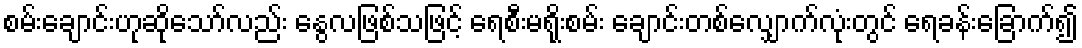
စမ်းချောင်းဟုဆိုသော်လည်း နွေလဖြစ်သဖြင့် ရေစီးမရိုးစမ်း ချောင်းတစ်လျှောက်လုံးတွင် ရေခန်းခြောက်၍